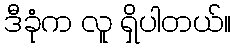
ဒီခုံက လူ ရှိပါတယ်။